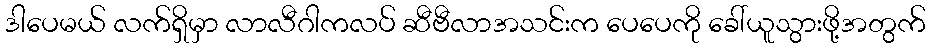
ဒါပေမယ် လက်ရှိမှာ လာလီဂါကလပ် ဆီဗီလာအသင်းက ပေပေကို ခေါ်ယူသွားဖို့အတွက်